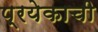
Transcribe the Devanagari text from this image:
प्रयेकाची